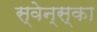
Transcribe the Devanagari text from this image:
स्वेन्स्का